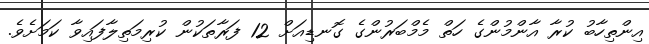
އިންތިހާބު ކުރާ އާންމުންގެ ހަތް މެމްބަރުންގެ ގޮނޑިއަށް 12 ފަރާތަކުން ކުރިމަތިލާފައިވާ ކަމަށެވެ.